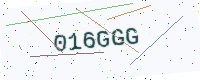
Text: 016GGG